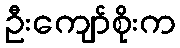
ဦးကျော်စိုးက